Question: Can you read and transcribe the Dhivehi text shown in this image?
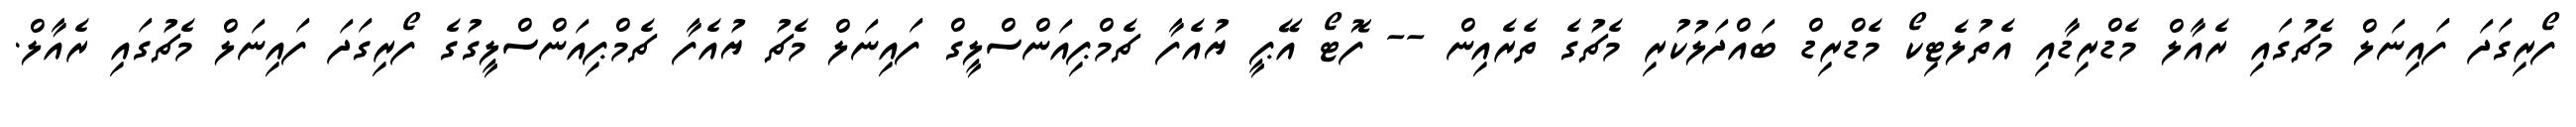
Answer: ފޯރިގަދަ ފައިނަލް މެޗުގައި ރެއާލް މެޑްރިޑާއި އެތުލެޓިކޯ މެޑްރިޑް ބައްދަލުކުރި މެޗުގެ ތެރެއިން -- ފޮޓޯ އޭޕީ ޔުއެފާ ޗެމްޕިއަންސްލީގް ފައިނަލް މެޗު ޔުއެފާ ޗެމްޕިއަންސްލީގުގެ ފޯރިގަދަ ފައިނަލް މެޗުގައި ރެއާލް.